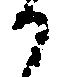
候